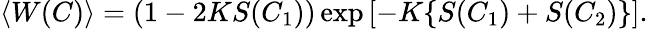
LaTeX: \langle W(C)\rangle=(1-2KS(C_{1}))\exp\left[-K\{ S(C_{1})+S(C_{2})\} \right].